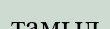
тамыл